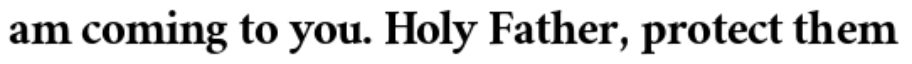
am coming to you. Holy Father, protect them